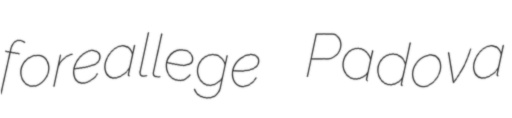
foreallege Padova